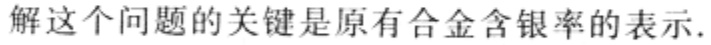
解这个问题的关键是原有合金含银率的表示.